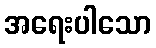
အရေးပါသော